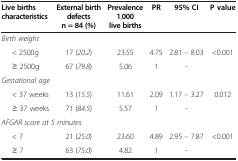
<table><thead><tr><td><b>Live births characteristics</b></td><td><b>External birth defects n = 84 (%)</b></td><td><b>Prevalence 1,000 live births</b></td><td><b>PR</b></td><td><b>95% CI</b></td><td><b>P value</b></td></tr></thead><tbody><tr><td><i>Birth weight</i></td><td> </td><td> </td><td> </td><td> </td><td> </td></tr><tr><td>&lt; 2500g</td><td>17 (<i>20</i>.<i>2</i>)</td><td>23.55</td><td>4.75</td><td>2.81 – 8.03</td><td>&lt;0.001</td></tr><tr><td>≥ 2500g</td><td>67 (<i>79</i>.<i>8</i>)</td><td>5.06</td><td>1</td><td>-</td><td> </td></tr><tr><td><i>Gestational age</i></td><td> </td><td> </td><td> </td><td> </td><td> </td></tr><tr><td>&lt; 37 weeks</td><td>13 (<i>15</i>.<i>5</i>)</td><td>11.61</td><td>2.09</td><td>1.17 – 3.27</td><td>0.012</td></tr><tr><td>≥ 37 weeks</td><td>71 (<i>84</i>.<i>5</i>)</td><td>5.57</td><td>1</td><td>-</td><td> </td></tr><tr><td colspan="2"><i>AFGAR score at 5 minutes</i></td><td> </td><td> </td><td> </td><td> </td></tr><tr><td>&lt; 7</td><td>21 (<i>25</i>.<i>0</i>)</td><td>23.60</td><td>4.89</td><td>2.95 – 7.87</td><td>&lt;0.001</td></tr><tr><td>≥ 7 </td><td>63 (<i>75</i>.<i>0</i>)</td><td>4.82</td><td>1</td><td>-</td><td> </td></tr></tbody></table>